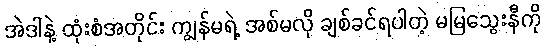
အဲဒါနဲ့ ထုံးစံအတိုင်း ကျွန်မရဲ့ အစ်မလို ချစ်ခင်ရပါတဲ့ မမြသွေးနီကို